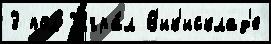
3 пол Игра́л В'ик'исклад'е